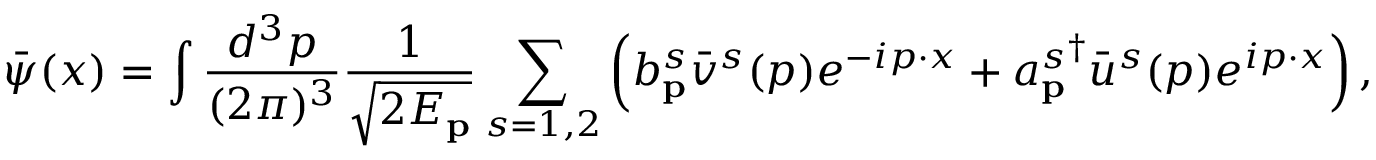
\bar { \psi } ( x ) = \int \frac { d ^ { 3 } p } { ( 2 \pi ) ^ { 3 } } \frac { 1 } { \sqrt { 2 E _ { \mathbf { p } } } } \sum _ { s = 1 , 2 } \left( b _ { \mathbf { p } } ^ { s } \bar { v } ^ { s } ( p ) e ^ { - i p \cdot x } + { a _ { \mathbf { p } } ^ { s } } ^ { \dagger } \bar { u } ^ { s } ( p ) e ^ { i p \cdot x } \right) ,